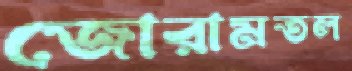
জোরামতল